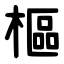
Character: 樞